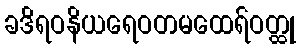
ခဒိရဝနိယရေဝတမထေရ်ဝတ္ထု